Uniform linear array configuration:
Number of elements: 12
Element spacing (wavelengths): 1
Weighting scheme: binomial
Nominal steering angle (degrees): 0
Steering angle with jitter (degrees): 1.165
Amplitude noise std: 0.05
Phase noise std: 0.05

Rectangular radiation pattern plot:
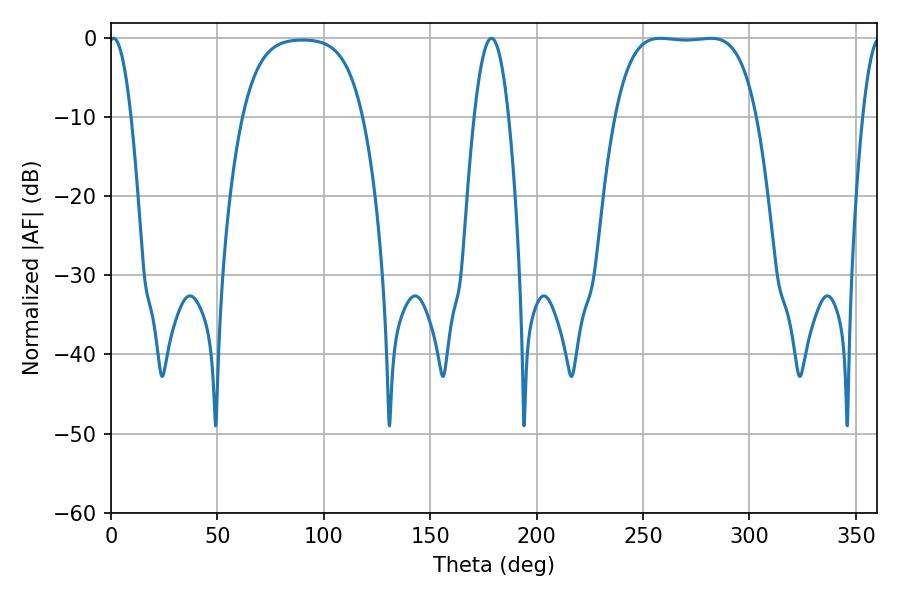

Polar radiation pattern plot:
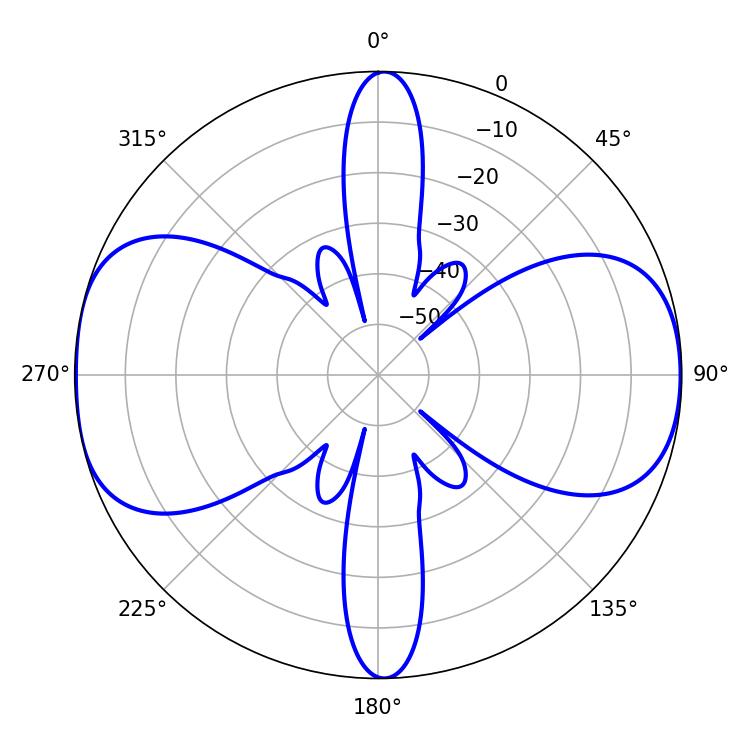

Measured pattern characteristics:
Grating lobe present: TRUE
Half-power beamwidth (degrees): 51.48
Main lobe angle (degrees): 258.12